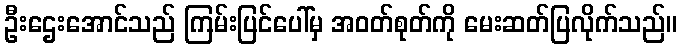
ဦးဌေးအောင်သည် ကြမ်းပြင်ပေါ်မှ အဝတ်စုတ်ကို မေးဆတ်ပြလိုက်သည်။